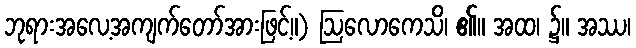
ဘုရားအလေ့အကျက်တော်အားဖြင့်။) ဩလောကေသိ၊ ၏။ အထ၊ ၌။ အဿ၊